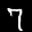
Label: 7